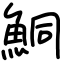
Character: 鮦